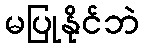
မပြုနိုင်ဘဲ